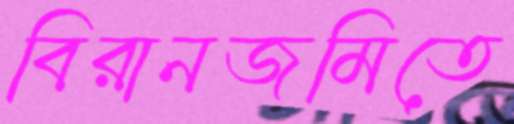
বিরানজমিতে